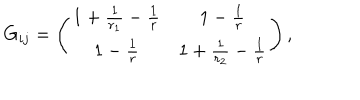
LaTeX: G _ { i j } = \left( \begin{array} { c c } { { 1 + \frac { 1 } { r _ { 1 } } - \frac { 1 } { r } } } & { { 1 - \frac { 1 } { r } } } \\ { { 1 - \frac { 1 } { r } } } & { { 1 + \frac { 1 } { r _ { 2 } } - \frac { 1 } { r } } } \\ \end{array} \right) ,